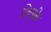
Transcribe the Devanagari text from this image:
किष़क्के